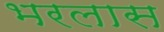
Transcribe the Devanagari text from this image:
भरलास